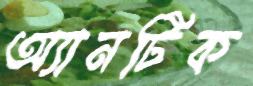
অ্যানটিক